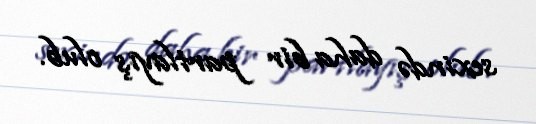
sexində daha bir partlayış olub.